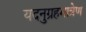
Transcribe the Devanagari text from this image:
यदनुग्रहमात्रेण